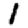
Digit: 1